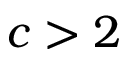
c > 2